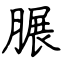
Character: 𦟌